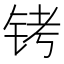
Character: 铐